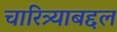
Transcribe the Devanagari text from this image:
चारित्र्याबद्दल